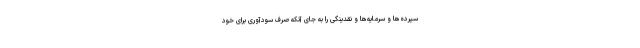
سپرده‌ها و سرمایه‌ها و نقدینگی را به جای آنکه صرف سودآوری برای خود